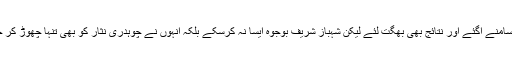
چوہدری نثار علی خان تو کھل کر سامنے آگئے اور نتائج بھی بھگت لئے لیکن شہباز شریف بوجوہ ایسا نہ کرسکے بلکہ انہوں نے چوہدری نثار کو بھی تنہا چھوڑ کر خود کو پارٹی میں مزید تنہا کردیا ۔